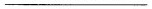
——————